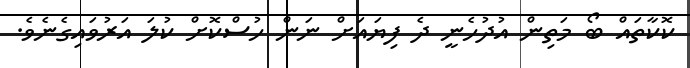
ކޮކާތައް ބޯ މަތިން އުދުހެނީ ދެ ފިޔައަށް ނަން ހުސްކޮށް ކުލަ އަރުވައިގެނެވެ.